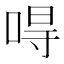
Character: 𠵨